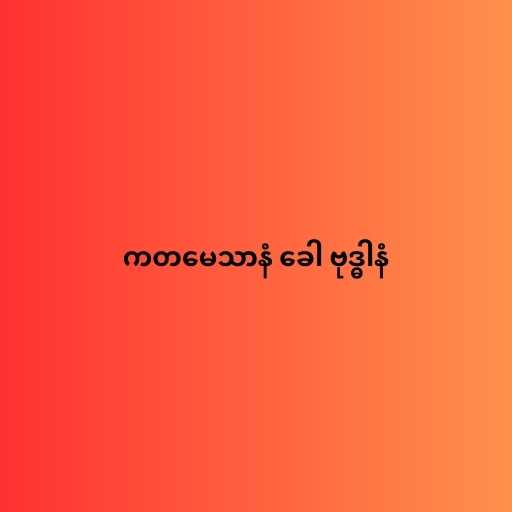
ကတမေသာနံ ခေါ ဗုဒ္ဓါနံ